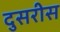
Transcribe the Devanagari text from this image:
दुसरीस